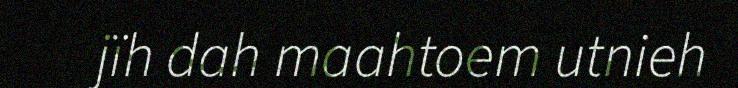
jïh dah maahtoem utnieh